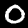
Digit: 0